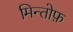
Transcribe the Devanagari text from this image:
मिन्तोफ़